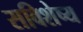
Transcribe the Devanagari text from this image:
सविशेष्य